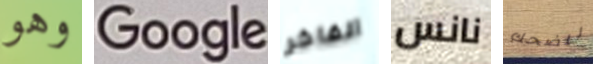
وهو Google الفاخر نانس للضحك